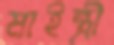
মাইন্ত্রী